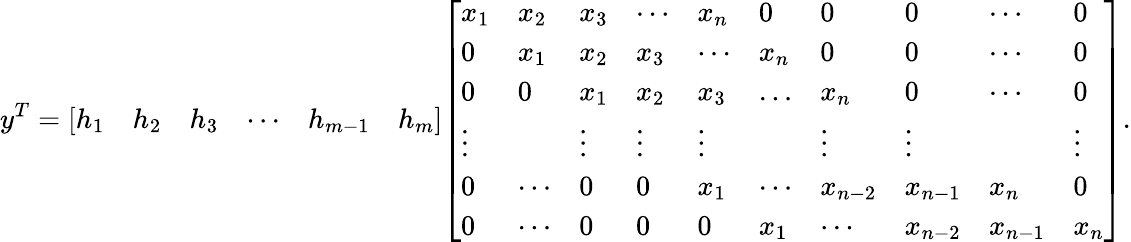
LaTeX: y^{T}={\left[\begin{array}{llllll}{h_{1}}&{h_{2}}&{h_{3}}&{\cdots}&{h_{m-1}}&{h_{m}}\end{array}\right]}{\left[\begin{array}{llllllllll}{x_{1}}&{x_{2}}&{x_{3}}&{\cdots}&{x_{n}}&{0}&{0}&{0}&{\cdots}&{0}\\ {0}&{x_{1}}&{x_{2}}&{x_{3}}&{\cdots}&{x_{n}}&{0}&{0}&{\cdots}&{0}\\ {0}&{0}&{x_{1}}&{x_{2}}&{x_{3}}&{\ldots}&{x_{n}}&{0}&{\cdots}&{0}\\ {\vdots}&{}&{\vdots}&{\vdots}&{\vdots}&{}&{\vdots}&{\vdots}&{}&{\vdots}\\ {0}&{\cdots}&{0}&{0}&{x_{1}}&{\cdots}&{x_{n-2}}&{x_{n-1}}&{x_{n}}&{0}\\ {0}&{\cdots}&{0}&{0}&{0}&{x_{1}}&{\cdots}&{x_{n-2}}&{x_{n-1}}&{x_{n}}\end{array}\right]}.